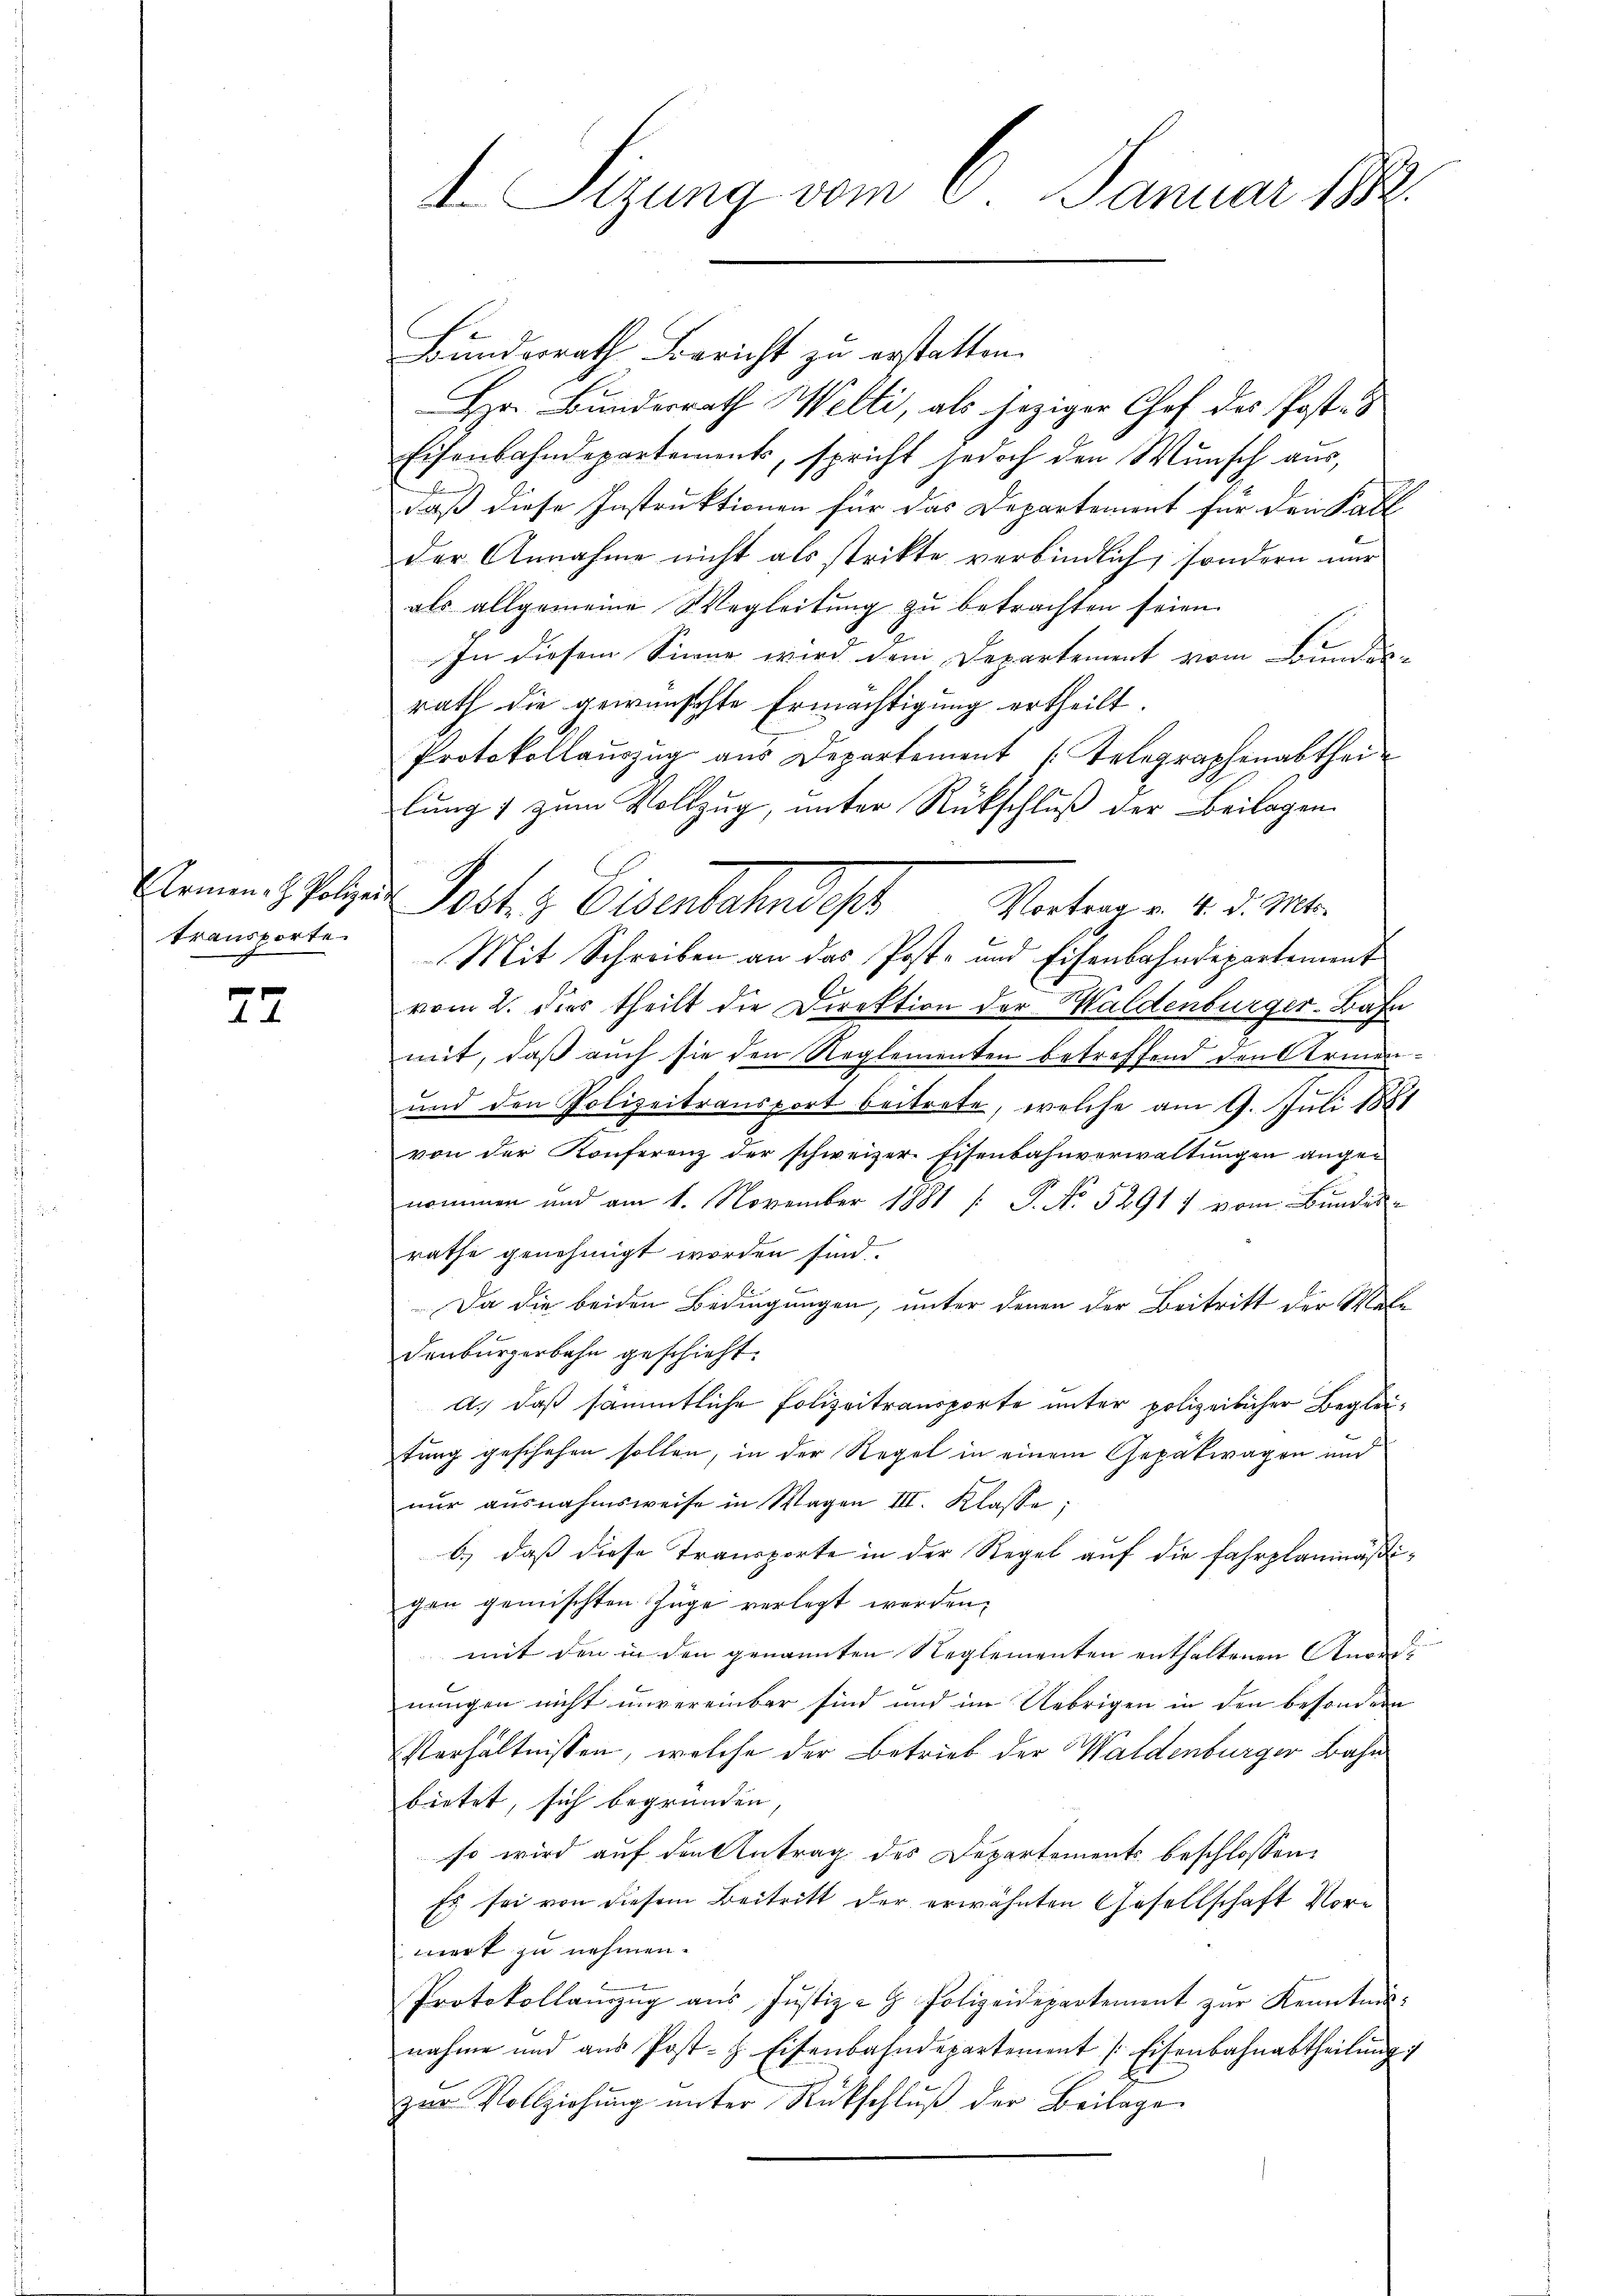
transporte.

22

d. Sizung vom 6. Januar 188

Bundesrath Bericht zu erstatten.
Hr. Bundesrath Welti, als jeziger Chef des Post- &
Eisenbahndepartements, spricht jedoch den Wunsch aus,
.
daß diese Instruktionen für das Departement für den Fall
der Annahme nicht als strikte verbindlich, sondern nur
als allgemeine Wegleitung zu betrachten seien.
In diesem Sinne wird dem Departement vom Bundes-
rath die gewünschte Ermächtigung ertheilt.
Protokollauszug aus Departement Telegraphenabtheilung 7 zum Vollzug, unter Rückschluß der Beilagen
Ernen folgen Post z. Eisenbahndep
Vortrag v. 4. d. Mts.
Mit Schreiben an das Post- und Eisenbahndepartement
vom 2. Dies theilt die Direktion der Haldenburger-Bahn
mit, daß auch sie den Reglementen betreffend den Armen¬
und den Polizeitransport beitrete, welche am 9. Juli 1881
von der Konferenz der schweizer. Eisenbahnverwaltungen angenommen und am 1. November 1881 [ P. No. 5291 1 vom Bundes-
rathe genehmigt worden sind.
Da die beiden Bedingungen, unter denen der Beitritt der Male
denburgerbahn geschieht.
a.) daß sämmtliche Polizeitransporte unter polizeilicher Begleitung geschehen sollen, in der Regel in einem Gepätwagen und
nur ausnahmsweise in Wagen III. Klasse
6.) daß diese Transporte in der Regel auf die Fahrplanmäßigen gemischten Züge verlegt werden;
mit den in den genannten Reglementen enthaltenen Anordnungen nicht unvereinbar sind und im Uebrigen in den besondern
Verhältnissen, welche der Betrieb der Waldenburger Bahn
bietet, sich begründen
so wird auf den Antrag des Departements beschlossen:
Es sei von diesem Beitritt der erwähnten Gesellschaft Vormert zu nehmen.
Protokollanzŭg aŭs Jŭstiz- & Polizeidepartement zŭr Kenntnis-
nahme und aus Post- & Eisenbahndepartement [Eisenbahnabtheilung,
zŭr Vollziehŭng ŭnter Rückschlŭβ der Beilage